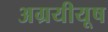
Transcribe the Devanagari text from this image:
अग्रयीयूष